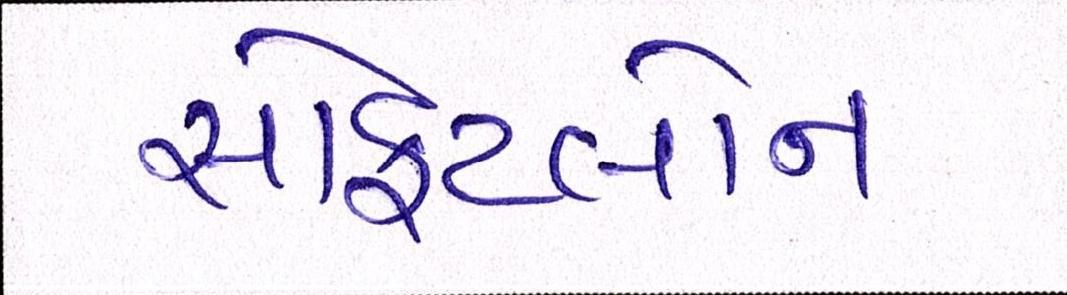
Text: સોફટલોન